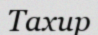
Тахир